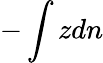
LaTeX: -\int zdn